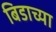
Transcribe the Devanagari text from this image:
बिडाच्या